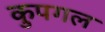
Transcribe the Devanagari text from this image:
कुपगल